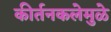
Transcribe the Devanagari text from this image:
कीर्तनकलेमुळे